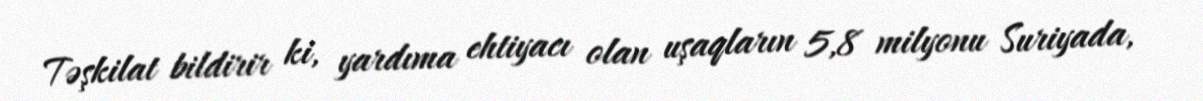
Təşkilat bildirir ki, yardıma ehtiyacı olan uşaqların 5,8 milyonu Suriyada,